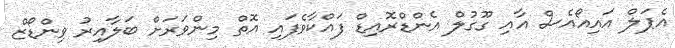
އެޕަލް އައިއޯއެސް އާއި ގޫގުލް އެންޑްރޮއިޑް ފައްކާވެފައި އޮތް މިންވަރަށް ބަލާއިރު ވިންޑޯޒް